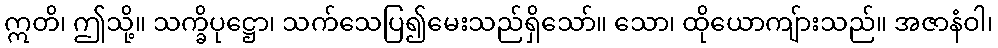
ဣတိ၊ ဤသို့။ သက္ခိပုဋ္ဌော၊ သက်သေပြ၍မေးသည်ရှိသော်။ သော၊ ထိုယောကျ်ားသည်။ အဇာနံဝါ၊